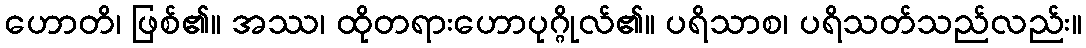
ဟောတိ၊ ဖြစ်၏။ အဿ၊ ထိုတရားဟောပုဂ္ဂိုလ်၏။ ပရိသာစ၊ ပရိသတ်သည်လည်း။